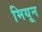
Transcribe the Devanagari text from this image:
मियून